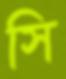
সি